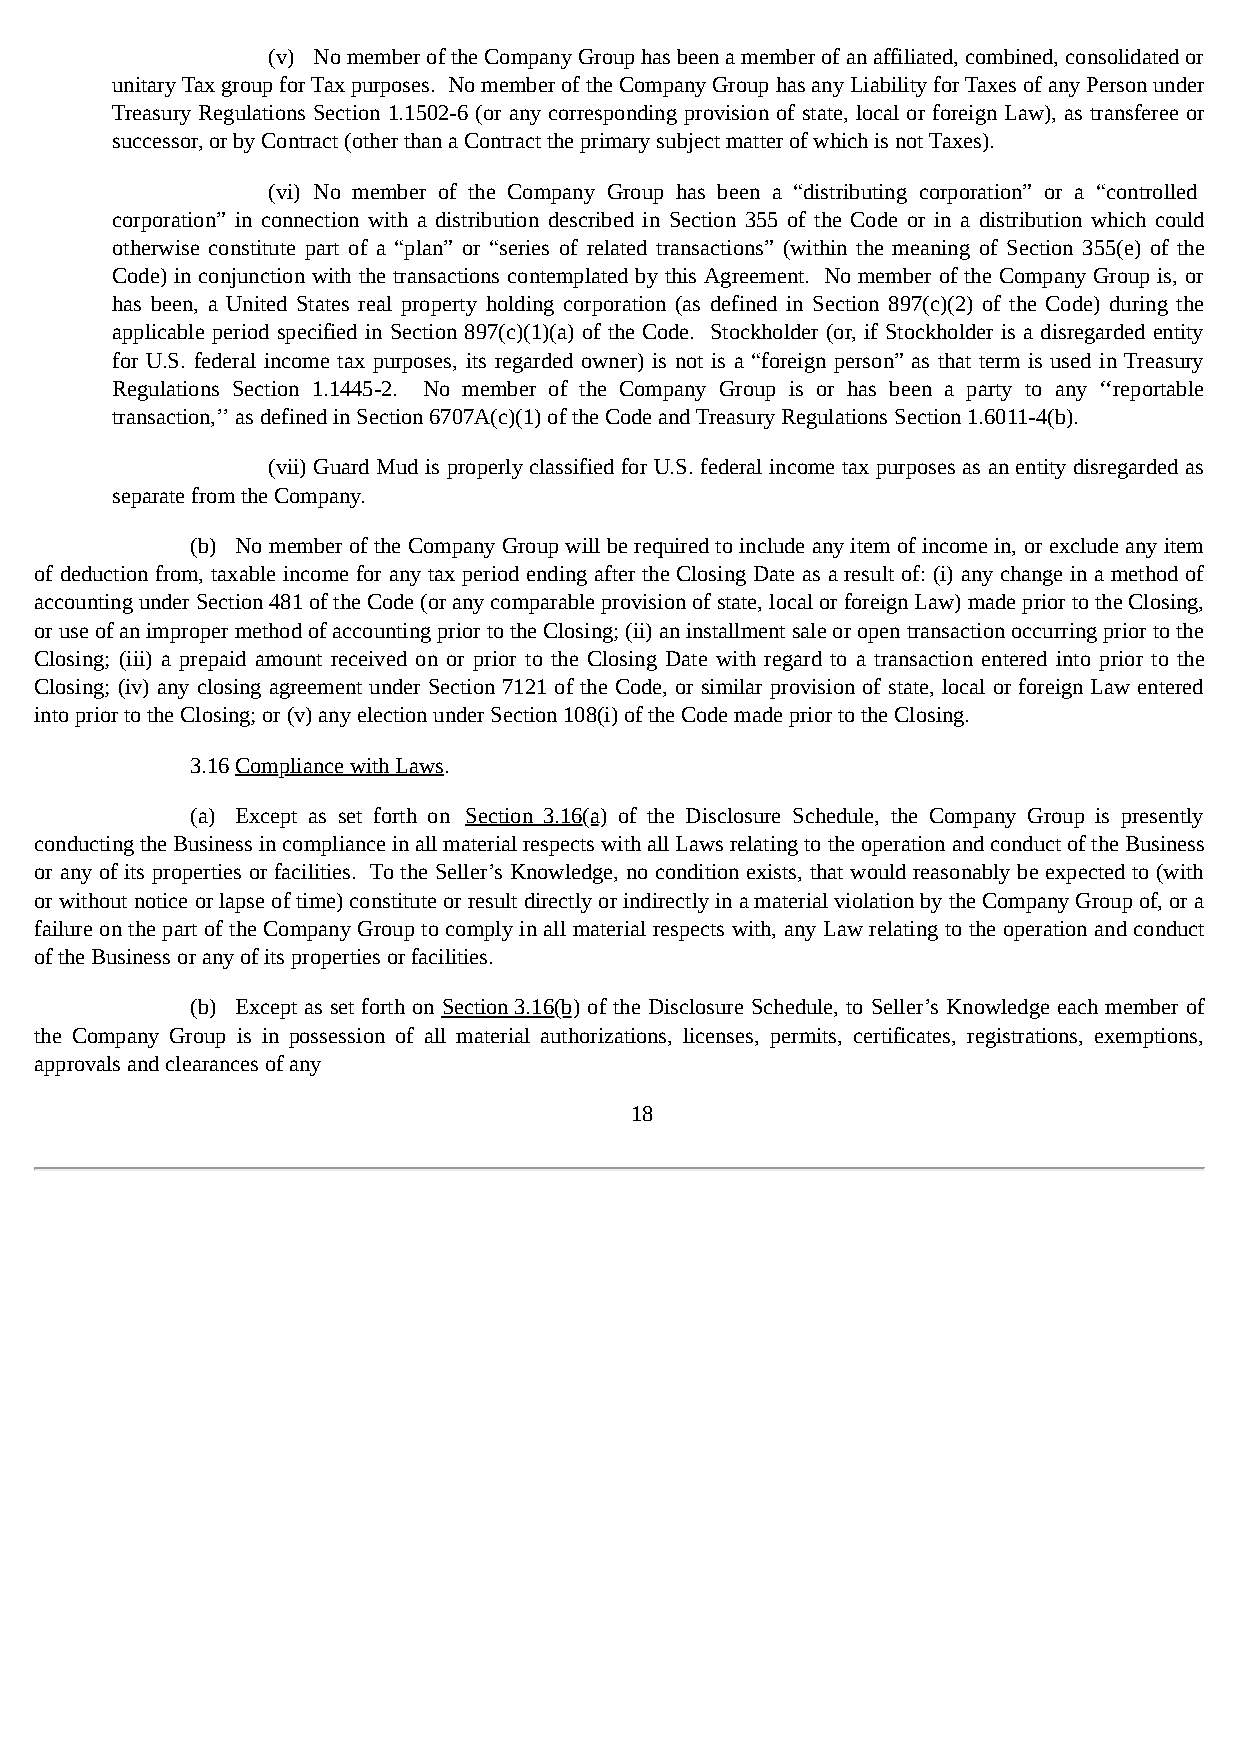
(v) No member of the Company Group has been a member of an affiliated, combined, consolidated or
 unitary Tax group for Tax purposes. No member of the Company Group has any Liability for Taxes of any Person under
 Treasury Regulations Section 1.1502-6 (or any corresponding provision of state, local or foreign Law), as transferee or
 successor, or by Contract (other than a Contract the primary subject matter of which is not Taxes).
 (vi) No member of the Company Group has been a “distributing corporation” or a “controlled
 corporation” in connection with a distribution described in Section 355 of the Code or in a distribution which could
 otherwise constitute part of a “plan” or “series of related transactions” (within the meaning of Section 355(e) of the
 Code) in conjunction with the transactions contemplated by this Agreement. No member of the Company Group is, or
 has been, a United States real property holding corporation (as defined in Section 897(c)(2) of the Code) during the
 applicable period specified in Section 897(c)(1)(a) of the Code. Stockholder (or, if Stockholder is a disregarded entity
 for U.S. federal income tax purposes, its regarded owner) is not is a “foreign person” as that term is used in Treasury
 Regulations Section 1.1445-2. No member of the Company Group is or has been a party to any ‘‘reportable
 transaction,’’ as defined in Section 6707A(c)(1) of the Code and Treasury Regulations Section 1.6011-4(b).
 (vii) Guard Mud is properly classified for U.S. federal income tax purposes as an entity disregarded as
 separate from the Company.
 (b) No member of the Company Group will be required to include any item of income in, or exclude any item
 of deduction from, taxable income for any tax period ending after the Closing Date as a result of: (i) any change in a method of
 accounting under Section 481 of the Code (or any comparable provision of state, local or foreign Law) made prior to the Closing,
 or use of an improper method of accounting prior to the Closing; (ii) an installment sale or open transaction occurring prior to the
 Closing; (iii) a prepaid amount received on or prior to the Closing Date with regard to a transaction entered into prior to the
 Closing; (iv) any closing agreement under Section 7121 of the Code, or similar provision of state, local or foreign Law entered
 into prior to the Closing; or (v) any election under Section 108(i) of the Code made prior to the Closing.
 3.16 Compliance with Laws.
 (a) Except as set forth on Section 3.16(a) of the Disclosure Schedule, the Company Group is presently
 conducting the Business in compliance in all material respects with all Laws relating to the operation and conduct of the Business
 or any of its properties or facilities. To the Seller’s Knowledge, no condition exists, that would reasonably be expected to (with
 or without notice or lapse of time) constitute or result directly or indirectly in a material violation by the Company Group of, or a
 failure on the part of the Company Group to comply in all material respects with, any Law relating to the operation and conduct
 of the Business or any of its properties or facilities.
 (b) Except as set forth on Section 3.16(b) of the Disclosure Schedule, to Seller’s Knowledge each member of
 the Company Group is in possession of all material authorizations, licenses, permits, certificates, registrations, exemptions,
 approvals and clearances of any
 18